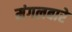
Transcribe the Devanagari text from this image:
मंगलबारे